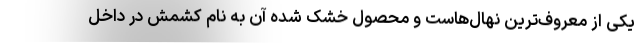
یکی از معروف‌ترین نهال‌هاست و محصول خشک شده آن به نام کشمش در داخل